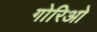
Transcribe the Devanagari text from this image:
गोरिओ